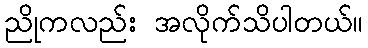
ညိုကလည်း အလိုက်သိပါတယ်။